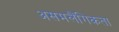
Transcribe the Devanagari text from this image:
असमलैंगिकता